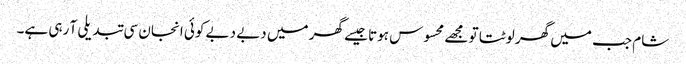
شام جب میں گھر لوٹتا تو مجھے محسوس ہوتا جیسے گھر میں دبے دبے کوئی انجان سی تبدیلی آ رہی ہے۔